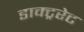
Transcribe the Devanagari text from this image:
डाक्ट्ररेट